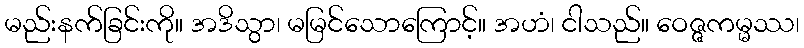
မည်းနက်ခြင်းကို။ အဒိသွာ၊ မမြင်သောကြောင့်။ အဟံ၊ ငါသည်။ ဝေဇ္ဇကမ္မဿ၊